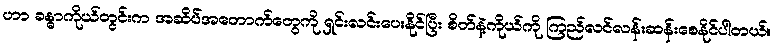
ဟာ ခန္ဓာကိုယ်တွင်းက အဆိပ်အတောက်တွေကို ရှင်းလင်းပေးနိုင်ပြီး စိတ်နဲ့ကိုယ်ကို ကြည်လင်လန်းဆန်းစေနိုင်ပါတယ်။